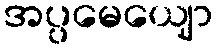
အပ္ပမေယျော